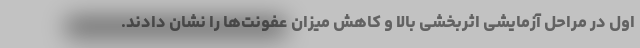
اول در مراحل آزمایشی اثربخشی بالا و کاهش میزان عفونت‌ها را نشان دادند.